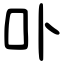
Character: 卟